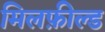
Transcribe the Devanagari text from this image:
मिलफ़ील्ड